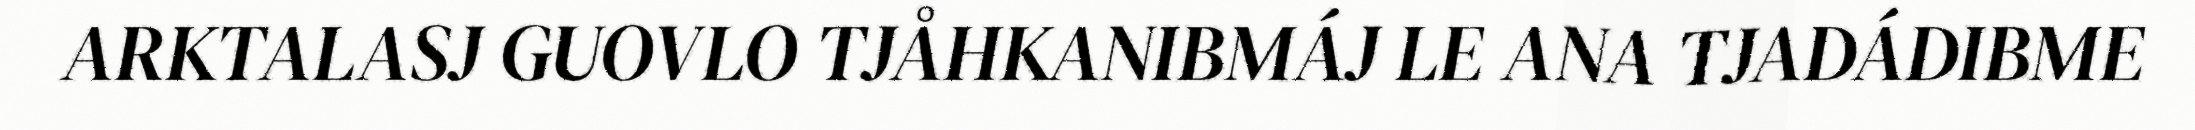
ARKTALASJ GUOVLO TJÅHKANIBMÁJ LE ANA TJADÁDIBME